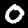
Digit: 0